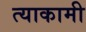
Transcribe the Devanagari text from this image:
त्याकामी